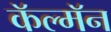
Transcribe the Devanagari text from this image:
कॅल्मॅन